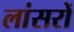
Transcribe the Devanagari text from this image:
लांसरों